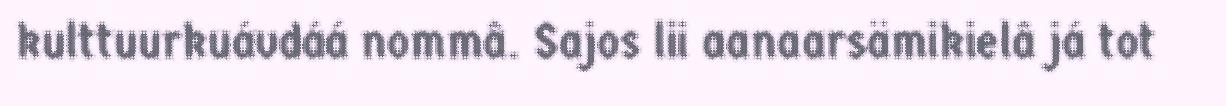
kulttuurkuávdáá nommâ. Sajos lii aanaarsämikielâ já tot